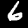
Label: 6